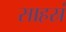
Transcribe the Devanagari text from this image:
साहस्रं